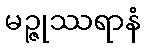
မဉ္ဇုဿရာနံ